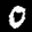
Label: 0